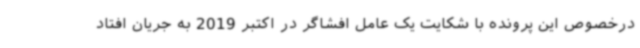
درخصوص این پرونده با شکایت یک عامل افشاگر در اکتبر 2019 به جریان افتاد